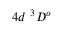
4 d ~ { ^ 3 D ^ { o } }